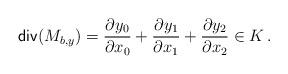
LaTeX: \begin{align*}\mathsf{div}(M_{b,y}) &=\frac{\partial y_{0}}{\partial x_{0}} + \frac{\partial y_{1}}{\partial x_{1}} + \frac{\partial y_{2}}{\partial x_{2}}\in K\,.\end{align*}